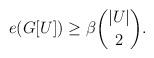
LaTeX: \begin{align*} e(G[U]) \geq \beta \binom{|U|}{2}. \end{align*}